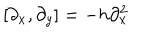
[ \partial _ { x } , \partial _ { y } ] = - h \partial _ { x } ^ { 2 }